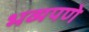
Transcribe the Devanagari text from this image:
भव्यपणे